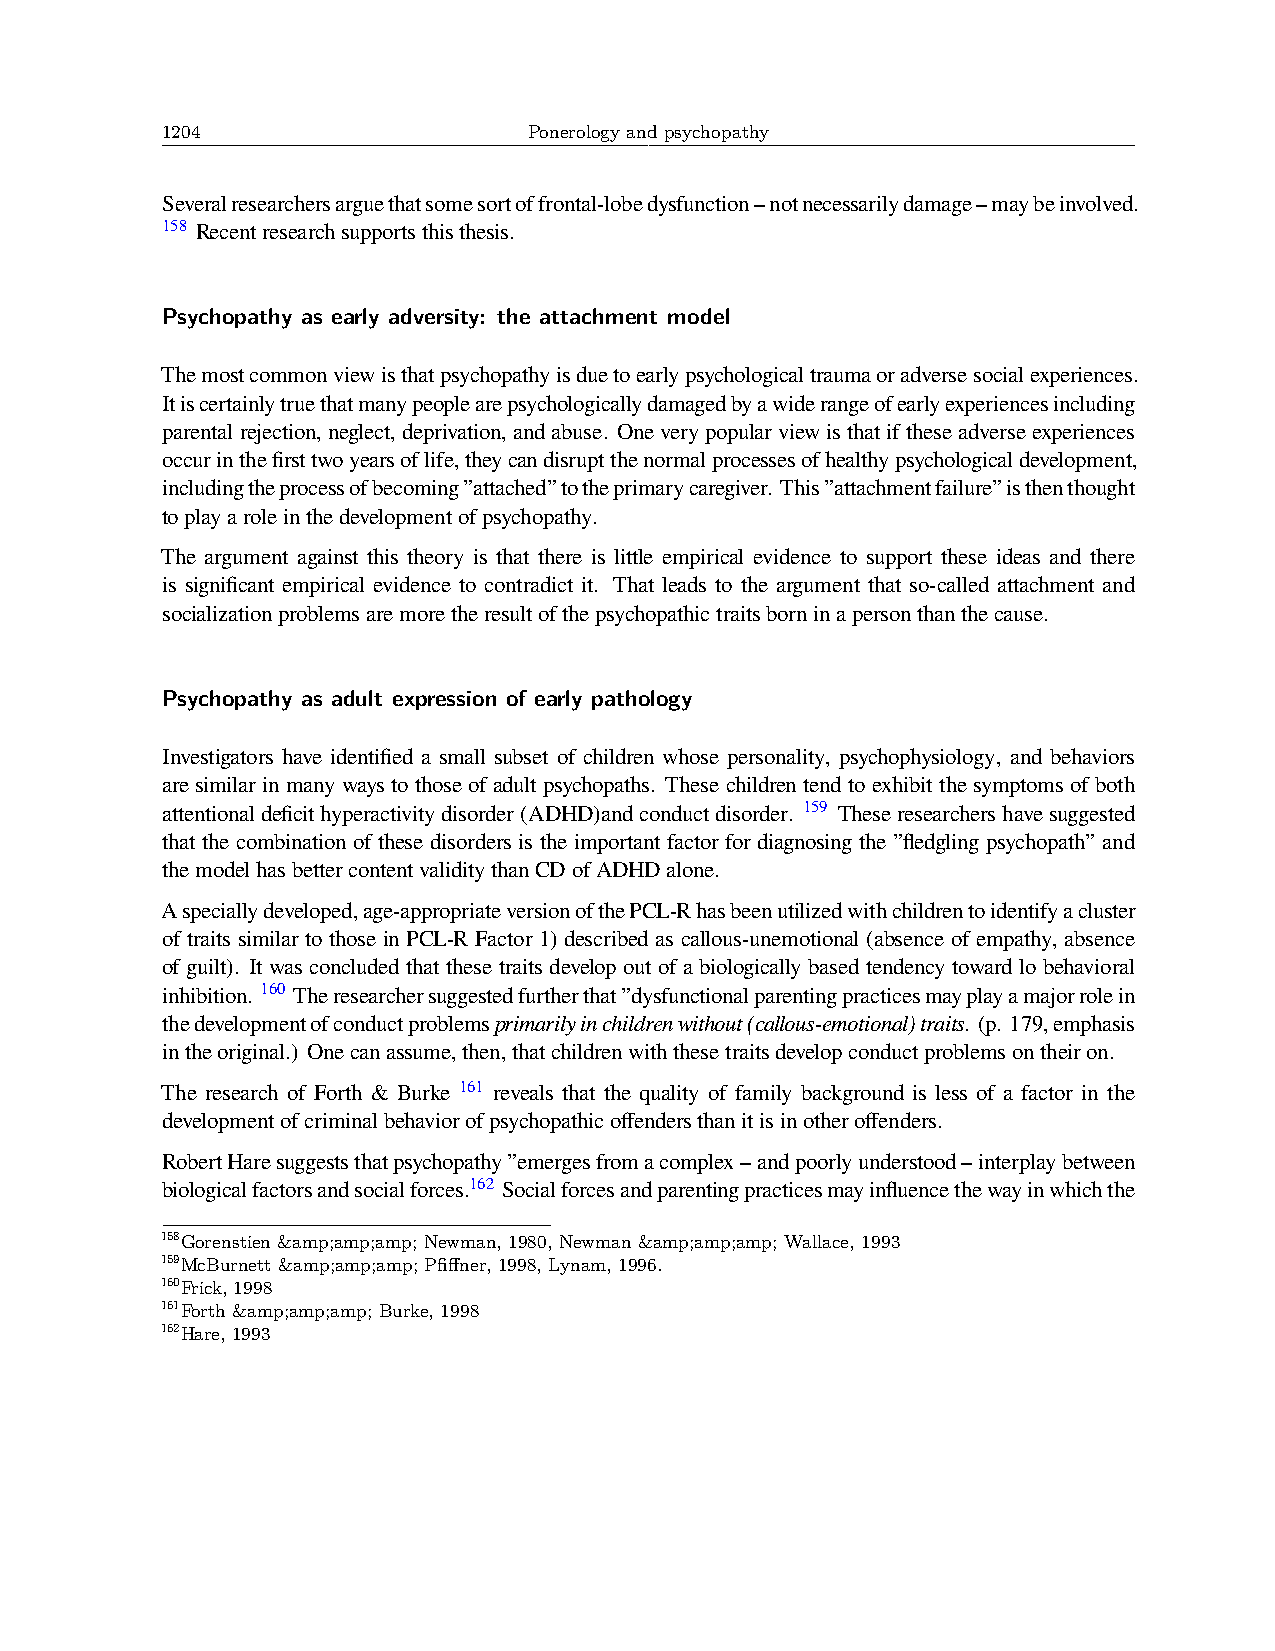
1204                    Ponerology and psychopathy
 Severalresearchersarguethatsomesortoffrontal-lobedysfunction–notnecessarilydamage–maybeinvolved.
 158 Recentresearchsupportsthisthesis.
 Psychopathy as early adversity: the attachment model
 Themostcommonviewisthatpsychopathyisduetoearlypsychologicaltraumaoradversesocialexperiences.
 Itiscertainlytruethatmanypeoplearepsychologicallydamagedbyawiderangeofearlyexperiencesincluding
 parentalrejection,neglect,deprivation,andabuse. Oneverypopularviewisthatiftheseadverseexperiences
 occurinthefirsttwoyearsoflife,theycandisruptthenormalprocessesofhealthypsychologicaldevelopment,
 includingtheprocessofbecoming”attached”totheprimarycaregiver. This”attachmentfailure”isthenthought
 toplayaroleinthedevelopmentofpsychopathy.
 The argument against this theory is that there is little empirical evidence to support these ideas and there
 is significant empirical evidence to contradict it. That leads to the argument that so-called attachment and
 socializationproblemsaremoretheresultofthepsychopathictraitsborninapersonthanthecause.
 Psychopathy as adult expression of early pathology
 Investigators have identified a small subset of children whose personality, psychophysiology, and behaviors
 are similar in many ways to those of adult psychopaths. These children tend to exhibit the symptoms of both
 attentionaldeficithyperactivitydisorder(ADHD)andconductdisorder. 159 Theseresearchershavesuggested
 that the combination of these disorders is the important factor for diagnosing the ”fledgling psychopath” and
 themodelhasbettercontentvaliditythanCDofADHDalone.
 Aspeciallydeveloped,age-appropriateversionofthePCL-Rhasbeenutilizedwithchildrentoidentifyacluster
 of traits similar to those in PCL-R Factor 1) described as callous-unemotional (absence of empathy, absence
 of guilt). It was concluded that these traits develop out of a biologically based tendency toward lo behavioral
 inhibition. 160 Theresearchersuggestedfurtherthat”dysfunctionalparentingpracticesmayplayamajorrolein
 thedevelopmentofconductproblemsprimarilyinchildrenwithout(callous-emotional)traits. (p. 179,emphasis
 intheoriginal.) Onecanassume,then,thatchildrenwiththesetraitsdevelopconductproblemsontheiron.
 The research of Forth & Burke 161 reveals that the quality of family background is less of a factor in the
 developmentofcriminalbehaviorofpsychopathicoffendersthanitisinotheroffenders.
 RobertHaresuggeststhatpsychopathy”emergesfromacomplex–andpoorlyunderstood–interplaybetween
 biologicalfactorsandsocialforces.162 Socialforcesandparentingpracticesmayinfluencethewayinwhichthe
 158Gorenstien &amp;amp;amp; Newman, 1980, Newman &amp;amp;amp; Wallace, 1993
 159McBurnett &amp;amp;amp; Pfiffner, 1998, Lynam, 1996.
 160Frick, 1998
 161Forth &amp;amp;amp; Burke, 1998
 162Hare, 1993